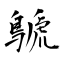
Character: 鷈